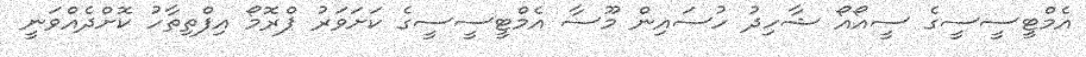
އެމްޓީސީސީގެ ސީއޯއޯ ޝާހިދު ހުސައިން މޫސާ އެމްޓީސީސީގެ ކަށަވަރު ޕްރޮމޯ އިފްތިތާހު ކޮށްދެއްވަނީ